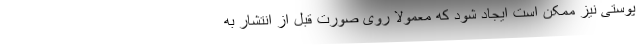
پوستی نیز ممکن است ایجاد شود که معمولاً روی صورت قبل از انتشار به